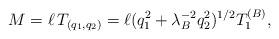
LaTeX: \begin{align*}M = \ell \, T_{(q_{1}, q_{2})} = \ell (q_1^2 + \lambda_B^{-2} q_2^2)^{1/2} T_1^{(B)},\end{align*}